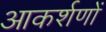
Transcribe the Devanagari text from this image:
आकर्शणों